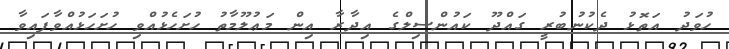
ހުވަދު އަތޮޅު ދެކުނުބުރީ ގައްދޫ ކައުންސިލްގެ އިދާރާ އިން މަޢުލޫމާތު ހުށަހެޅުއްވި ހުށަހަޅުއްވާފައިވާ